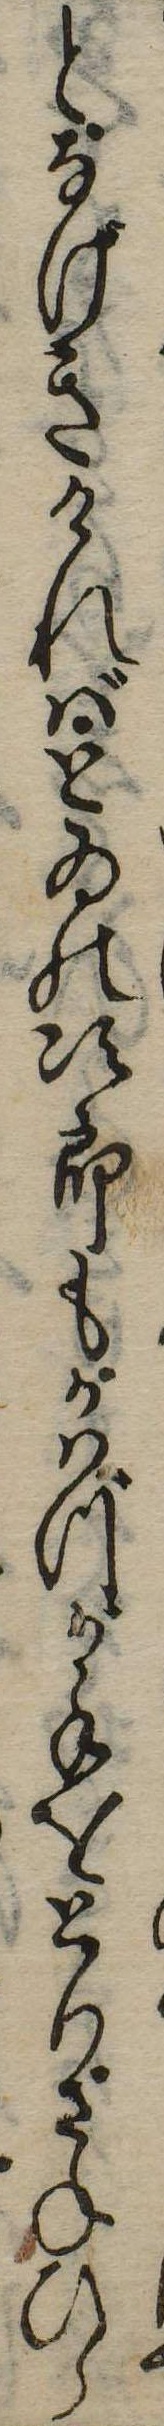
となげきければとゐの次郎もかはづか手をとりさねひら